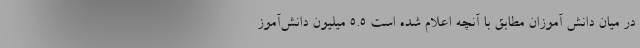
در میان دانش آموزان مطابق با آنچه اعلام شده است ۵.۵ میلیون دانش‌آموز